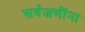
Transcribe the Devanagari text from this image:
सर्वजणींना